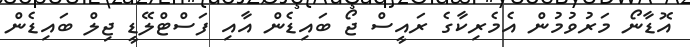
އޮޑާނޯ މަރުވުމުން އެމެރިކާގެ ރައީސް ޖޯ ބައިޑެން އާއި ފަސްޓްލޭޑީ ޖިލް ބައިޑެން